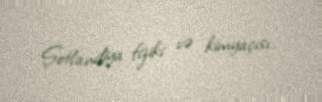
Şotlandiya fiziki və kimyaçısı.